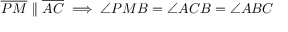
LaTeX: { \overline { { P M } } } \parallel { \overline { { A C } } } \implies \angle P M B = \angle A C B = \angle A B C